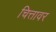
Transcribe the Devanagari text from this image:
चित्तावर